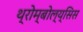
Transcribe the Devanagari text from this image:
थ्रोम्बोल्य्सिस